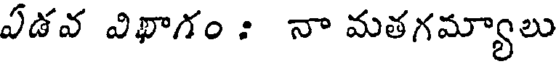
ఏడవ విఖాగం : నా మతగమ్యాలు